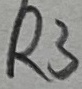
Text: R3